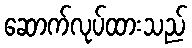
ဆောက်လုပ်ထားသည်